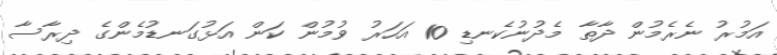
އަމުރު ނެރެމުން ދާތާ މެދުނުކެނޑި 10 އަހަރު ވުމުން ކަން އަޅުގަނޑުމެންގެ ދިރާސާ